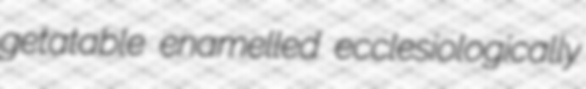
getatable enamelled ecclesiologically